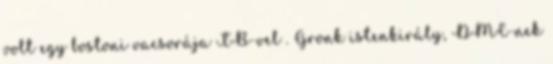
volt egy bostoni vacsorája TB-vel . Gronk istenkirály, DMC-nek